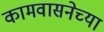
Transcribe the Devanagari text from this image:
कामवासनेच्या